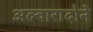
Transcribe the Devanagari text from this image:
अल्वारादोने